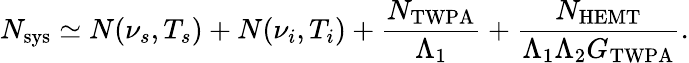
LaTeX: N_{\mathrm{sys}}\simeq N(\nu_{s},T_{s})+N(\nu_{i},T_{i})+\frac{N_{\mathrm{TWPA}}}{\Lambda_{1}}+\frac{N_{\mathrm{HEMT}}}{\Lambda_{1}\Lambda_{2}G_{\mathrm{TWPA}}}.